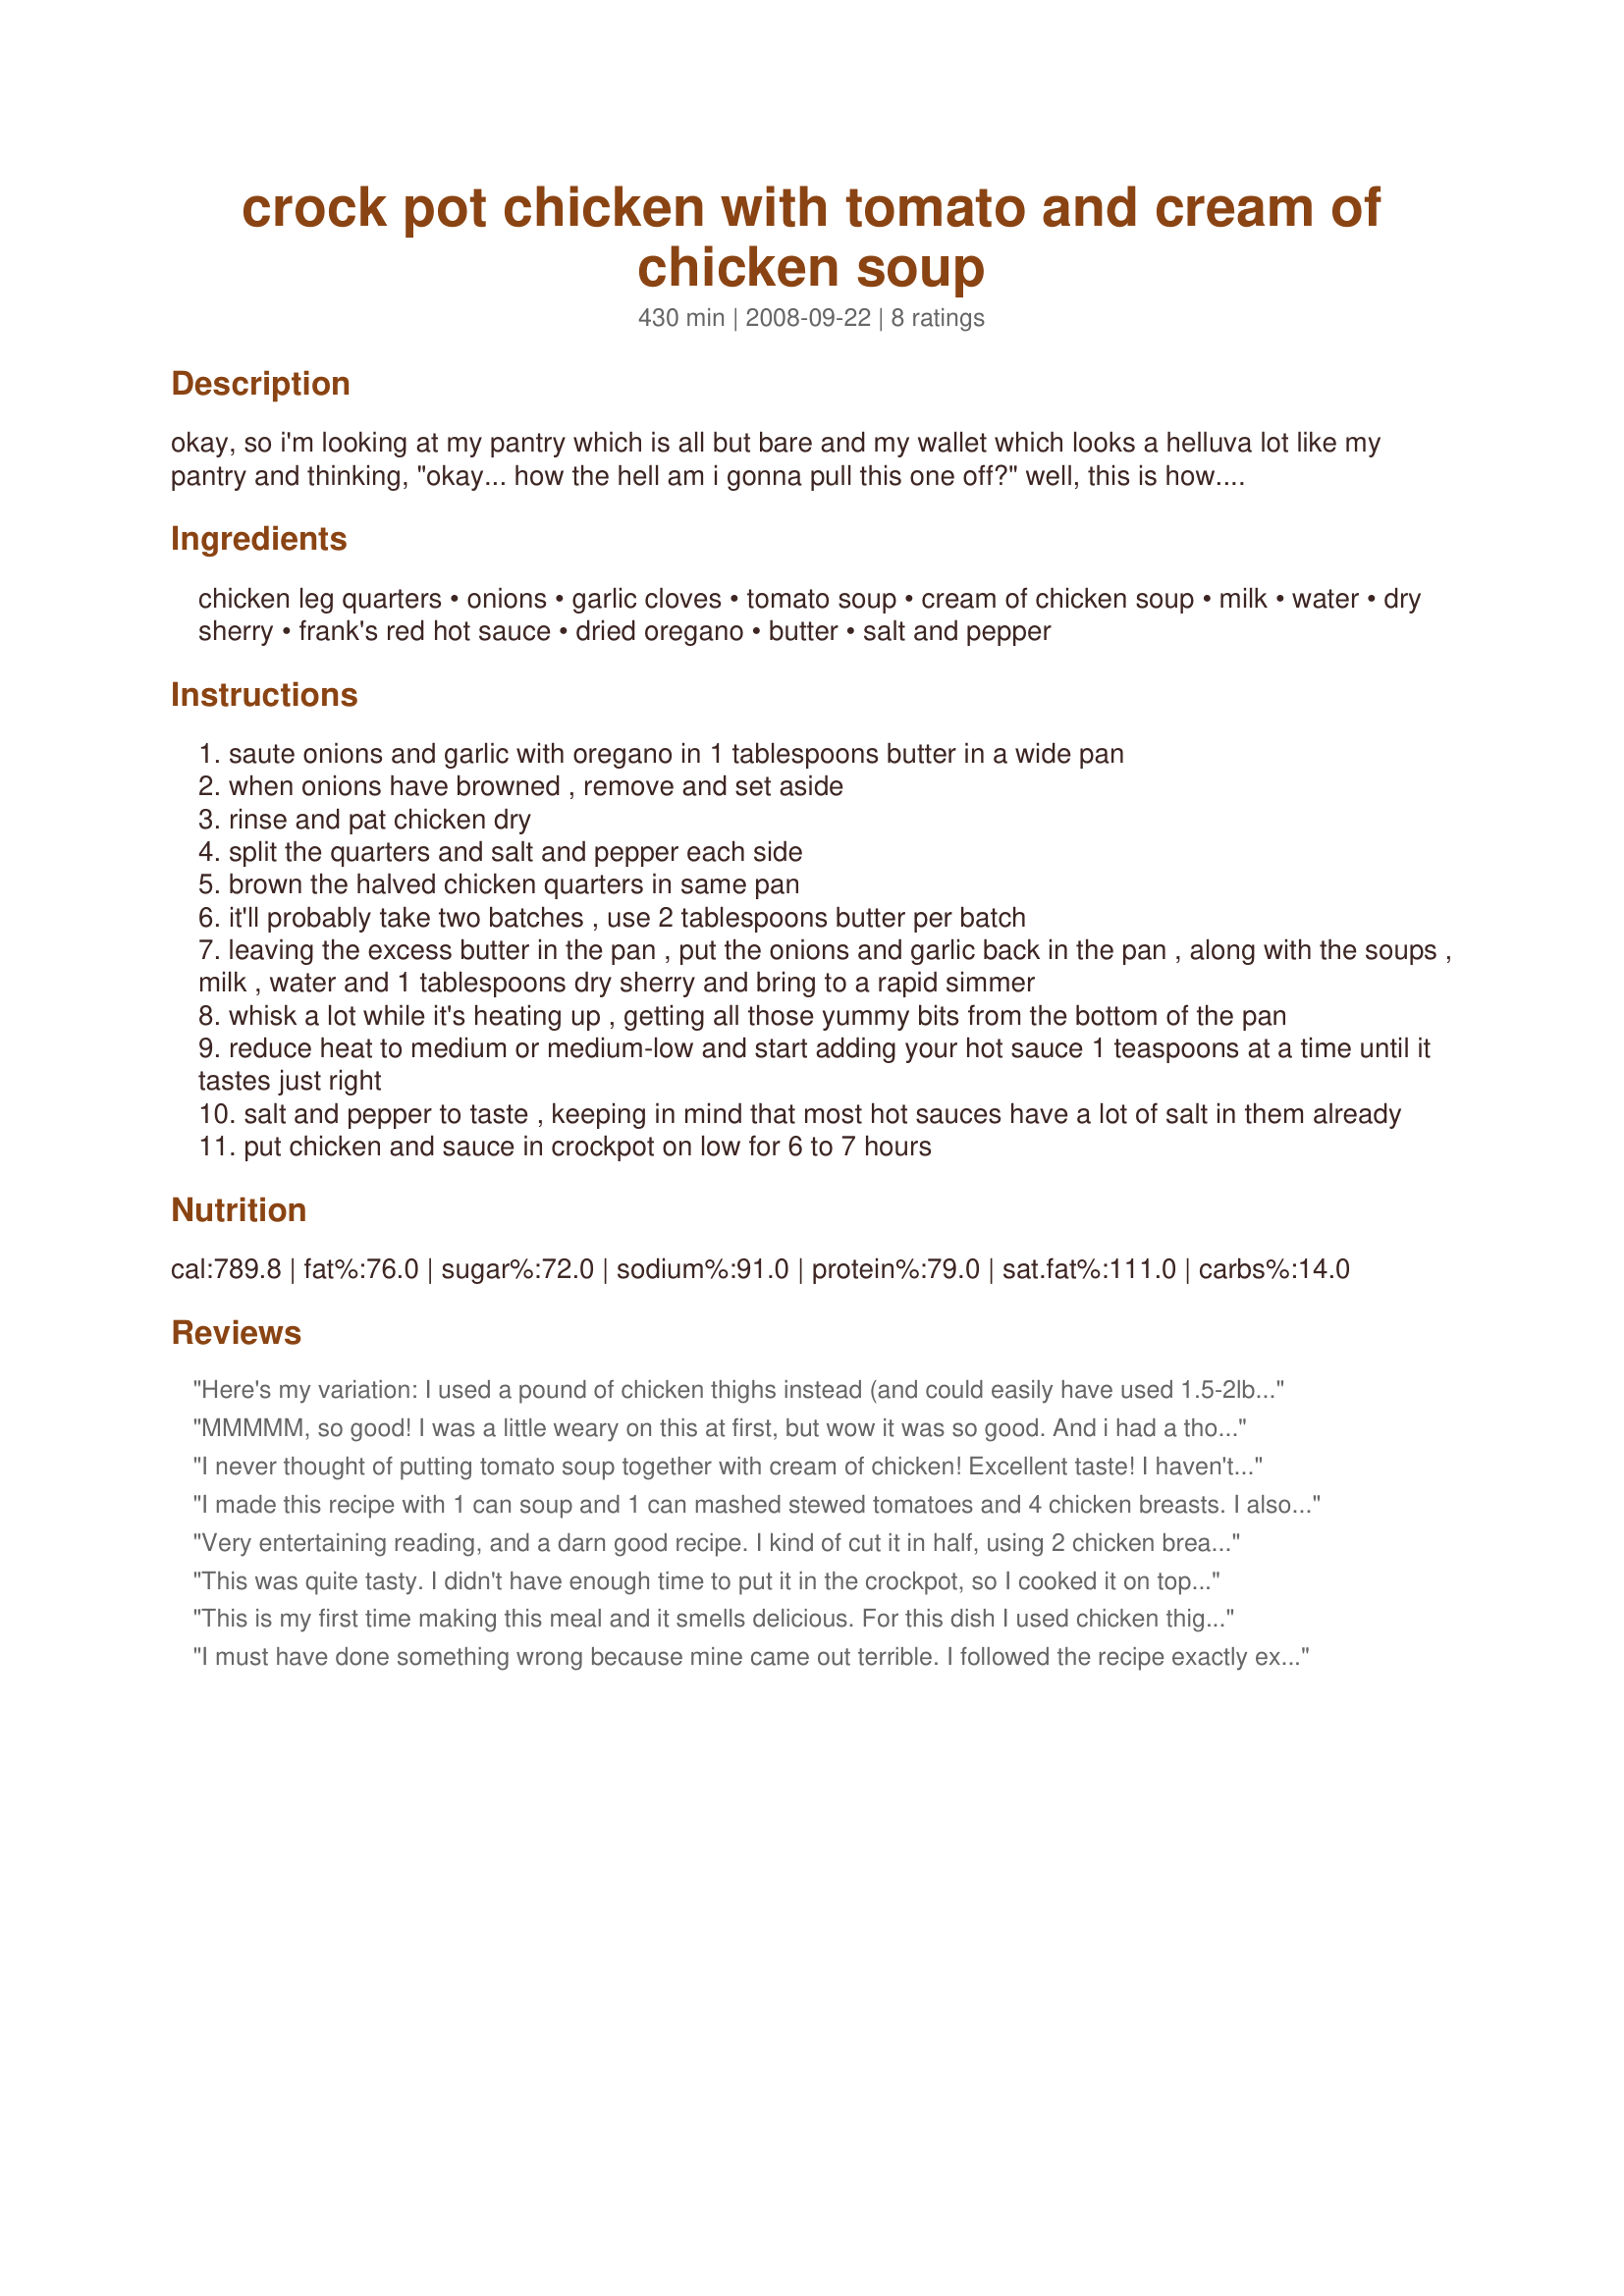
crock pot chicken with tomato and cream of chicken soup
Preparation time: 430 minutes

okay, so i'm looking at my pantry which is all but bare and my wallet which looks a helluva lot like my pantry and thinking, "okay... how the hell am i gonna pull this one off?" well, this is how.

since this recipe is based on "whatever the hell i got in the pantry", be flexible with it, play around.

Ingredients:
chicken leg quarters, onions, garlic cloves, tomato soup, cream of chicken soup, milk, water, dry sherry, frank's red hot sauce, dried oregano, butter, salt and pepper

Steps:
saute onions and garlic with oregano in 1 tablespoons butter in a wide pan
when onions have browned , remove and set aside
rinse and pat chicken dry
split the quarters and salt and pepper each side
brown the halved chicken quarters in same pan
it'll probably take two batches , use 2 tablespoons butter per batch
leaving the excess butter in the pan , put the onions and garlic back in the pan , along with the soups , milk , water and 1 tablespoons dry sherry and bring to a rapid simmer
whisk a lot while it's heating up , getting all those yummy bits from the bottom of the pan
reduce heat to medium or medium-low and start adding your hot sauce 1 teaspoons at a time until it tastes just right
salt and pepper to taste , keeping in mind that most hot sauces have a lot of salt in them already
put chicken and sauce in crockpot on low for 6 to 7 hours

Reviews:
Here's my variation: I used a pound of chicken thighs instead (and could easily have used 1.5-2lb), omitted the onion, used more garlic, one can of tomato soup, and put in 1 tbsp chili powder and 1/4 tsp cinnamon instead of the hot sauce. I was inspired by the reviewer who said this was similar to curry and wanted to get kind of an Indian vibe without curry (which DH detests).

The cinnamon in my version was a little strong and I'll probably use less next time. I loved this. DH wasn't as much of a fan (still too much like curry). But the base recipe is fabulous and so versatile!
MMMMM, so good! I was a little weary on this at first, but wow it was so good. And i had a thought about it as i was eating it, you could probably add some indian spices to it and it would be almost like a curry. 
I also cooked mine on the stove top in my dutch oven. I cooked it on med-low for about two hours. It was so tender, the chicken just fell off the bone. 
I will for sure be making this again, and maybe i'll try it with the indian spices :) 
Thanks for posting this.
I never thought of putting tomato soup together with cream of chicken! Excellent taste! I haven't actually served it yet (it's in the crock-pot as I write this), but I tasted the sauce and I was very pleased. I didn't want an extremely tomato-ey taste so I used 1 can tomato along with the 1 can cream of chicken just as ElaineAnn did. I also liked ElaineAnn's idea of serving it over spaghetti noodles and took it just one step further - instead of whole chicken pieces, I used boneless tenders cut into bite-size pieces so the whole thing can be served over the noodles. I didn't have dry sherry, but I used a dribble of cooking sherry and I used Texas Pete instead of Frank's hot sauce. I can't wait for supper!
I made this recipe with 1 can soup and 1 can mashed stewed tomatoes and 4 chicken breasts. I also served it over rigatoni pasta. Everything else was exactly the same. It had an excellant flavor. I will make this again for sure.
Very entertaining reading, and a darn good recipe. I kind of cut it in half, using 2 chicken breast halves, 1 can of each soup, and 1 can water, and skipped the sherry and hot sauce (that's never found in my pantry). LOL You did say "play around with it"! This was very good served with a side of cooked spaghetti topped with the yummy sauce. Thanks for posting! Made and enjoyed for PAC Spring '09.
This was quite tasty. I didn't have enough time to put it in the crockpot, so I cooked it on top of the stove. I browned the chicken first, then added the rest of the ingredients, lowered the heat and popped the lid on. Took about an hour total to cook. I did add some capers, fresh basil, fresh rosemary and fresh oregano to the ingredients. I will make this again and perhaps add a bit more hot sauce. Thanks for a great recipe.
This is my first time making this meal and it smells delicious. For this dish I used chicken thighs only, garlic, onions, misses dash seasoning, celery, hot sauce, milk, cream of chicken soup, spaghetti noodles, olive oil instead of butter, sherry, and cream of mushroom. My husband will be eating this for he&#039;s dinner and he cannot wait to dig in for this yummy meal. I do believe that he&#039;ll enjoy this dish and I&#039;ll make this again and again just for him.
I must have done something wrong because mine came out terrible. I followed the recipe exactly except for the sherry and oregano. The end result was chicken that tastes like it was boiled in grease. Not very appetizing.
